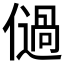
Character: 𠏀